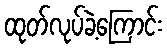
ထုတ်လုပ်ခဲ့ကြောင်း